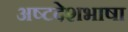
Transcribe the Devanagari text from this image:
अष्टदेशभाषा